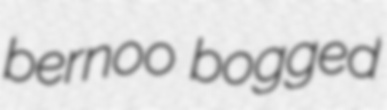
bernoo bogged